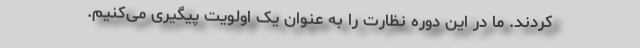
کردند. ما در این دوره نظارت را به عنوان یک اولویت پیگیری می‌کنیم.